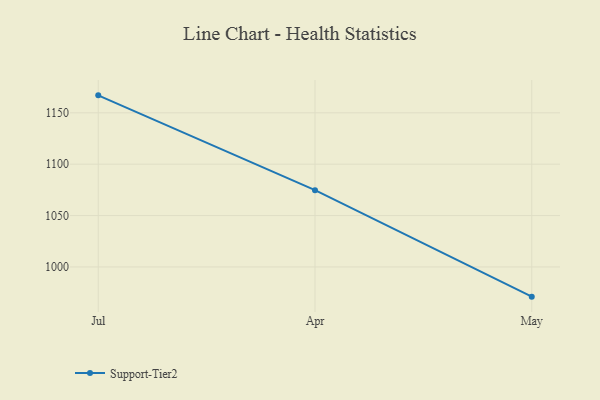
{"axis": {"x": "Month", "y": "Churn Rate (%)"}, "legend": ["Support-Tier2"], "data": [{"x": "Jul", "y": 1167.0, "type": "Support-Tier2"}, {"x": "Apr", "y": 1074.7, "type": "Support-Tier2"}, {"x": "May", "y": 971.1, "type": "Support-Tier2"}]}